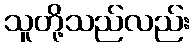
သူတို့သည်လည်း